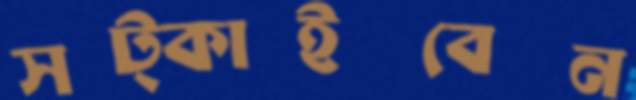
সট্‌কাইবেন